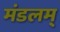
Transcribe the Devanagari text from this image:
मंडलम्‌